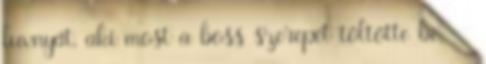
luvnyát, aki most a boss szerepét töltötte be.